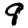
Digit: 9